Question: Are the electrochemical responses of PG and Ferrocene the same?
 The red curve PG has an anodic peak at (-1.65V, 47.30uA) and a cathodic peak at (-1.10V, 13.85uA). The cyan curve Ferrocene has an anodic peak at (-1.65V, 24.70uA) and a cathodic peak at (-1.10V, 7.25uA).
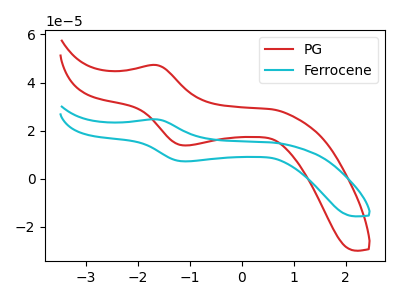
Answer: <think>All the peaks in "PG" have a peak in "Ferrocene" at the same potential.
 </think>
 <answer>"PG" and "Ferrocene" are similar in shape.</answer>
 <eval>same_shape</eval>